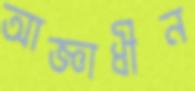
আজ্ঞাধীন